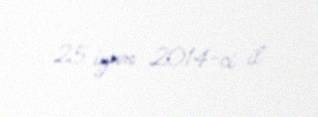
25 iyun 2014-ci il